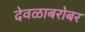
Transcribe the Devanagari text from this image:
देवळाबरोबर